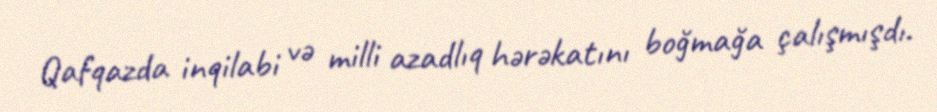
Qafqazda inqilabi və milli azadlıq hərəkatını boğmağa çalışmışdı.